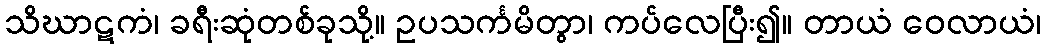
သိဃာဋကံ၊ ခရီးဆုံတစ်ခုသို့။ ဥပသင်္ကမိတွာ၊ ကပ်လေပြီး၍။ တာယံ ဝေလာယံ၊